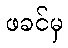
ဖခင်မှ